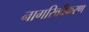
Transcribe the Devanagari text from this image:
नागरिकीकरण